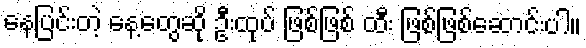
နေပြင်းတဲ့ နေ့တွေဆို ဦးထုပ် ဖြစ်ဖြစ် ထီး ဖြစ်ဖြစ်ဆောင်းပါ။